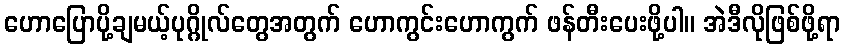
ဟောပြောပို့ချမယ့်ပုဂ္ဂိုလ်တွေအတွက် ဟောကွင်းဟောကွက် ဖန်တီးပေးဖို့ပါ။ အဲဒီလိုဖြစ်ဖို့ရာ